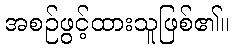
အစဉ်ဖွင့်ထားသူဖြစ်၏။